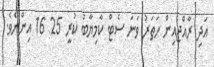
އަދި ރާއްޖެއިން ހަތަރު ވަނަ ސެޓް ކާމިޔާބު ކުރީ 25 16 އިންނެވެ.